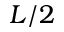
L / 2